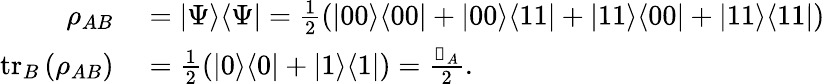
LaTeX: \begin{array}{rl}{\rho_{AB}}&{{}=|\Psi\rangle\langle\Psi|=\frac{1}{2}(|00\rangle\langle 00|+|00\rangle\langle 11|+|11\rangle\langle 00|+|11\rangle\langle 11|)}\\ {\operatorname{tr}_{B}\left(\rho_{AB}\right)}&{{}=\frac{1}{2}(|0\rangle\langle 0|+|1\rangle\langle 1|)=\frac{\mathbb{1}_{A}}{2}.}\end{array}